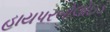
હાયપરબોલોઇડ